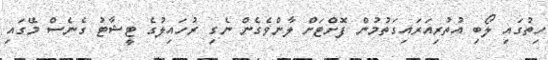
ހިތުގައި ލޯބި އުތުރިއަރައިގަތުމުން ފޮށްޓަށް ލާންވެގެން ނެގި ރުހައިލުގެ ޓީޝާޓު ގެނެސް މޭގައި